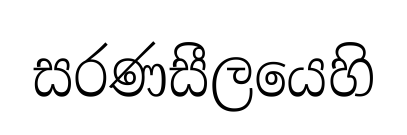
සරණසීලයෙහි